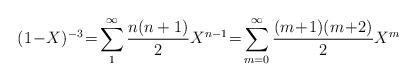
LaTeX: \begin{align*}(1\!-\! X)^{-3}\!=\!\sum_{1}^{\infty}\frac{n(n+1)}{2}X^{n-1}\! =\!\sum_{m=0}^{\infty}\frac{(m\!+\!1)(m\!+\!2)}{2}X^{m}\end{align*}